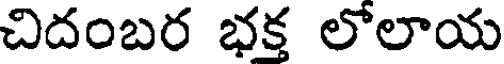
చిదంబర భక్త లోలాయ